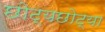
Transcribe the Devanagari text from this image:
छोट्यछोट्या